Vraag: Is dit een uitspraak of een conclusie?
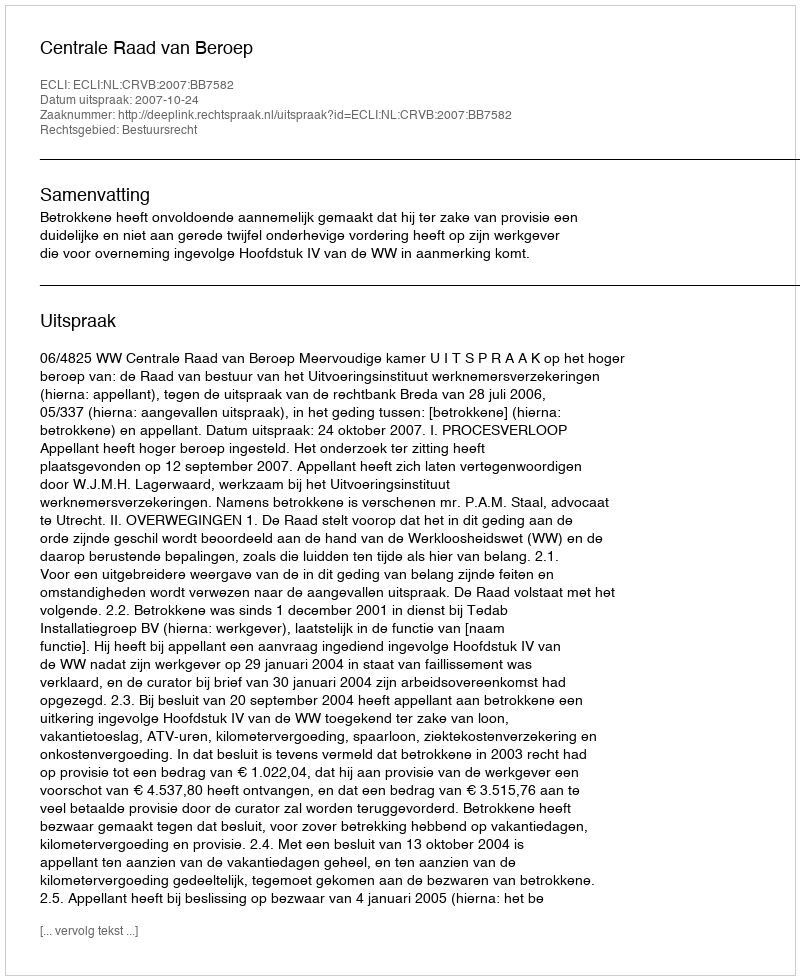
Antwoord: Uitspraak